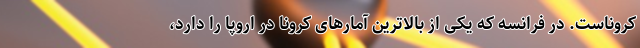
کروناست. در فرانسه که یکی از بالاترین آمارهای کرونا در اروپا را دارد،